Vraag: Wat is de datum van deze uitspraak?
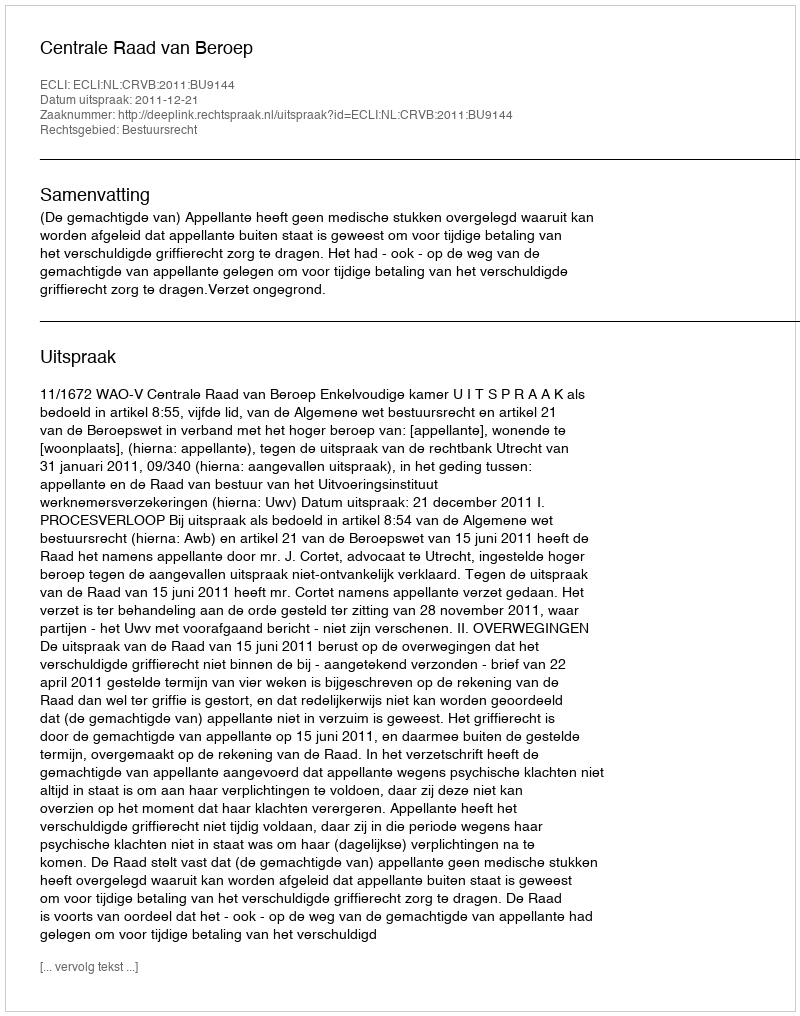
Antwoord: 2011-12-21